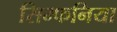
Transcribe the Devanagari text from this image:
सिम्फनिया